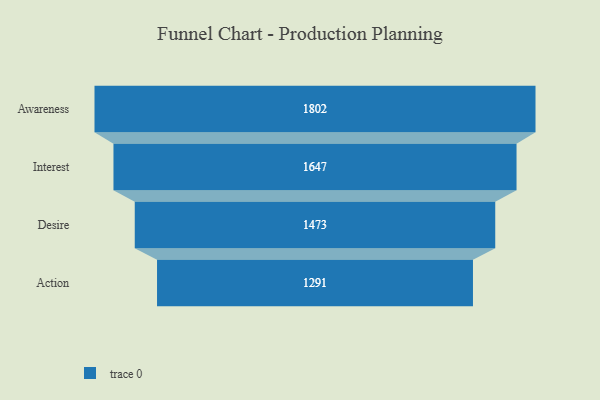
{"axis": {"x": "Stage", "y": "Value"}, "legend": [""], "data": [{"x": "Awareness", "y": 1802.0, "type": ""}, {"x": "Interest", "y": 1647.0, "type": ""}, {"x": "Desire", "y": 1473.0, "type": ""}, {"x": "Action", "y": 1291.0, "type": ""}]}